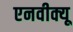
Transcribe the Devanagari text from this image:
एनवीक्यू